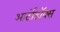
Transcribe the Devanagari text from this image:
आर्टोडॉक्स